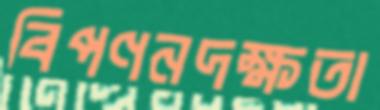
বিপণনদক্ষতা